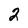
Character: 2